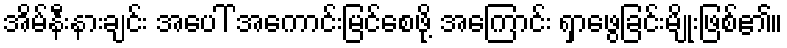
အိမ်နီးနားချင်း အပေါ် အကောင်းမြင်စေဖို့ အကြောင်း ရှာဖွေခြင်းမျိုးဖြစ်၏။